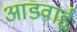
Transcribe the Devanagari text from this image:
आडवाई